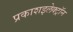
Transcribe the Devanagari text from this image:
प्रकाशइलेक्ट्रॉन